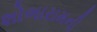
શોભારામની